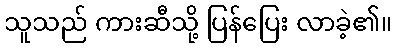
သူသည် ကားဆီသို့ ပြန်ပြေး လာခဲ့၏။